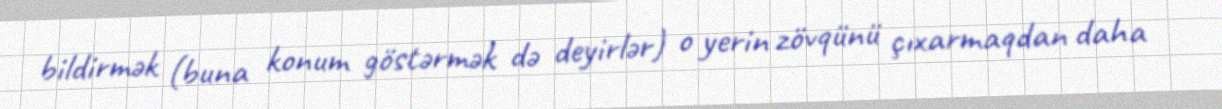
bildirmək (buna konum göstərmək də deyirlər) o yerin zövqünü çıxarmaqdan daha